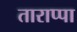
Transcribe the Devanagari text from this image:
ताराप्पा